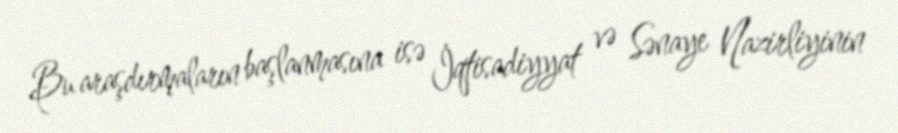
Bu araşdırmaların başlanmasına isə İqtisadiyyat və Sənaye Nazirliyinin